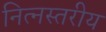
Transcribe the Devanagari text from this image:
नित्नस्तरीय